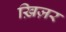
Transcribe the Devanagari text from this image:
ख़िज़र